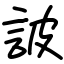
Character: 詖